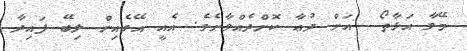
މޭވާ އަޅާތޯ  އަށް ދުޢާ ކޮށްދެއްވާށެވެ. އެއީ އޭގެއިން ލިބޭ ފައިދާ